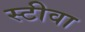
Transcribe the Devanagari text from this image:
स्टीवा